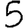
Digit: 5